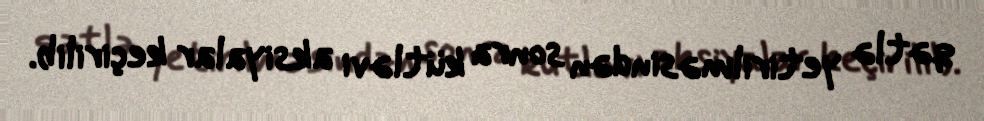
qətlə yetirilməsindən sonra kütləvi aksiyalar keçirilib.